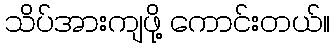
သိပ်အားကျဖို့ ကောင်းတယ်။